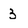
Character: 3